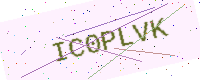
Text: IC0PLVK